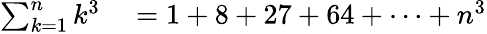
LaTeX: \begin{array}{rl}{\sum_{k=1}^{n}k^{3}}&{{}=1+8+27+64+\cdots+n^{3}}\end{array}